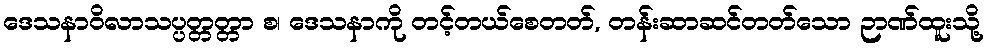
ဒေသနာဝိလာသပ္ပတ္တတ္တာ စ၊ ဒေသနာကို တင့်တယ်စေတတ်, တန်းဆာဆင်တတ်သော ဉာဏ်ထူးသို့